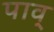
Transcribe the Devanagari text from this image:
पाव्